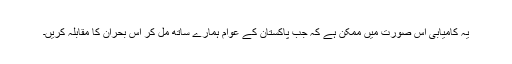
یہ کامیابی اس صورت میں ممکن ہے کہ جب پاکستان کے عوام ہمارے ساتھ مل کر اس بحران کا مقابلہ کریں۔